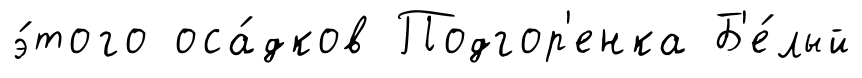
э́того оса́дков Подгор'енка Б'е́лый